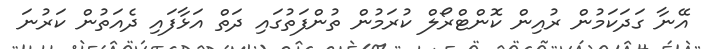
އޭނާ ގަދަކަމުން ރުއިން ކޮންޓްރޯލް ކުރަމުން ތުންފަތުގައި ދަތް އަޅާފައި ދެއަތުން ކަރުނަ